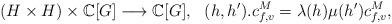
LaTeX: \begin{align*}(H\times H)\times \Bbb C[G]\longrightarrow\Bbb C[G],\ \ (h,h').c^M_{f,v}=\lambda(h)\mu(h')c^M_{f,v},\end{align*}